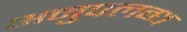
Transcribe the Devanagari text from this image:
अनुपलब्‍ध